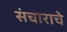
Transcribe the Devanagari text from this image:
संचाराचे